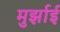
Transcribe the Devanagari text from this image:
मुर्झाई